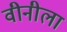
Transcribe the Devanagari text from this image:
वीनीला